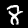
Label: 8